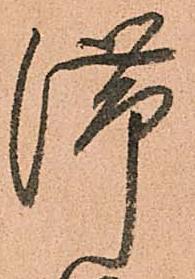
滞